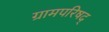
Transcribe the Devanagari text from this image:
ग्रामपरिषद्